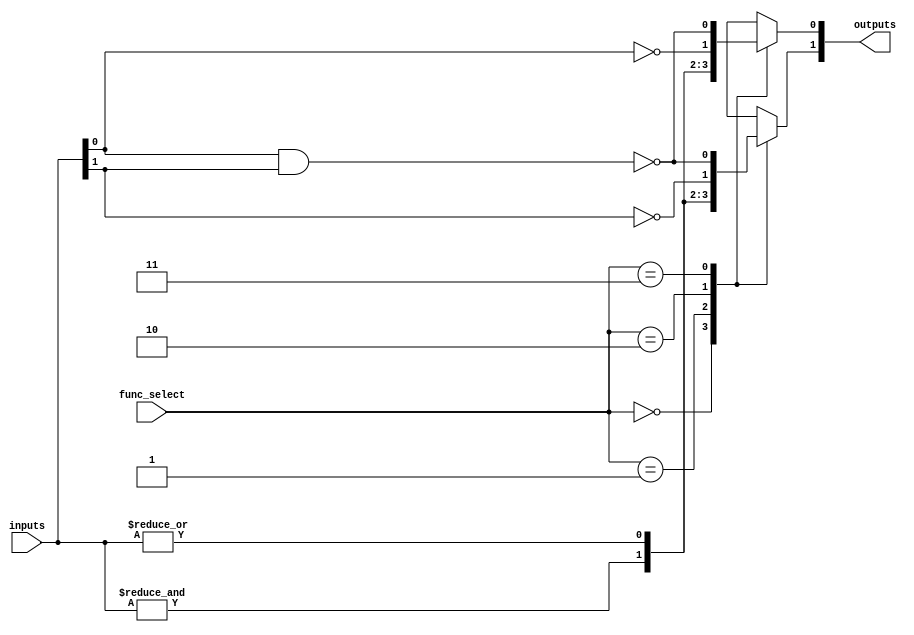
module combinational_logic_block #(
    parameter N = 4, // Number of input signals
    parameter M = 2  // Number of output signals
)(
    input  wire [N-1:0]  inputs,       // Input signals
    input  wire [M-1:0]  func_select,   // Function select signals for each output
    output reg  [M-1:0]  outputs        // Output signals
);

// Function definitions
localparam AND_FUNC  = 2'b00;
localparam OR_FUNC   = 2'b01;
localparam NOT_FUNC  = 2'b10;
localparam NAND_FUNC = 2'b11;

// Combinational logic generation
always @(*) begin
    case (func_select)
        AND_FUNC: begin
            outputs[0] = &inputs; // AND operation
            outputs[1] = &inputs; // AND operation for second output (can be modified)
        end
        OR_FUNC: begin
            outputs[0] = |inputs; // OR operation
            outputs[1] = |inputs; // OR operation for second output (can be modified)
        end
        NOT_FUNC: begin
            outputs[0] = ~inputs[0]; // NOT operation on first input
            outputs[1] = ~inputs[1]; // NOT operation on second input (can be modified)
        end
        NAND_FUNC: begin
            outputs[0] = ~(inputs[0] & inputs[1]); // NAND operation
            outputs[1] = ~(inputs[0] & inputs[1]); // NAND operation for second output (can be modified)
        end
        // Add more cases for additional functions like NOR, XOR, XNOR as needed
        default: begin
            outputs = {M{1'b0}}; // Default case (outputs low)
        end
    endcase
end

endmodule